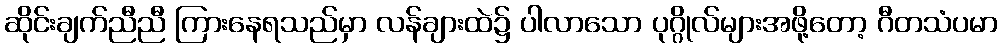
ဆိုင်းချက်ညီညီ ကြားနေရသည်မှာ လန်ချားထဲ၌ ပါလာသော ပုဂ္ဂိုလ်များအဖို့တော့ ဂီတသံပမာ